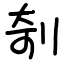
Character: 剞